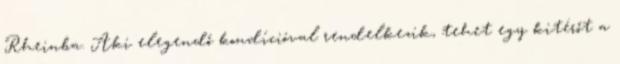
Rheinba. Aki elegendő kondícióval rendelkezik, tehet egy kitérőt a